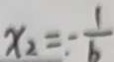
x _ { 2 } = _ { \cdot } - \frac { 1 } { b }